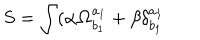
LaTeX: S = \int ( \alpha \mathbf { \Omega } _ { b _ { 1 } } ^ { a _ { 1 } } + \beta \delta _ { b _ { 1 } } ^ { a _ { 1 } }